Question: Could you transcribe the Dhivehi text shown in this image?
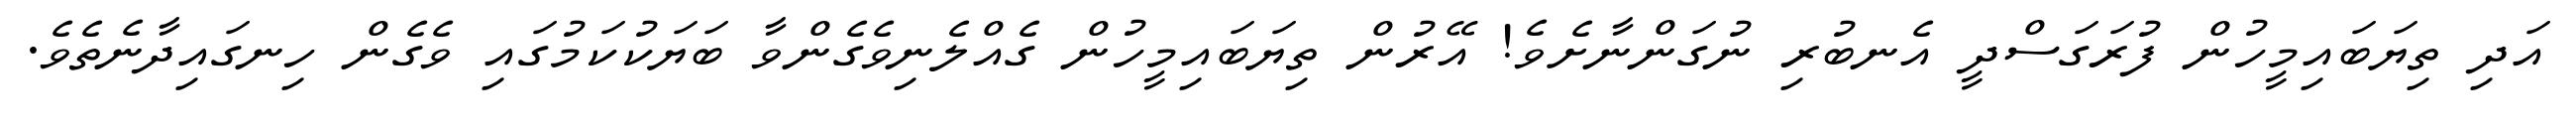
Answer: އަދި ތިޔަބައިމީހުން ފުރަގަސްދީ އެނބުރި ނުގަންނާށެވެ! އޭރުން ތިޔަބައިމީހުން ގެއްލެނިވެގެންވާ ބަޔަކުކަމުގައި ވެގެން ހިނގައިދާނެތެވެ.